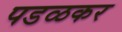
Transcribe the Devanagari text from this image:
पडळकर